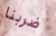
ضربنا